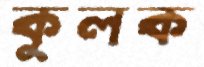
কুলক